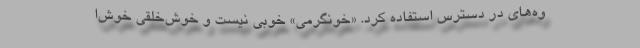
وه‌های در دسترس استفاده کرد. «خونگرمی» خوبی نیست و خوش‌خلقی خوش‌ا